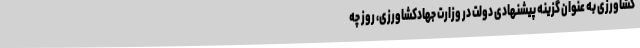
کشاورزی به عنوان گزینه پیشنهادی دولت در وزارت جهادکشاورزی، روز چه